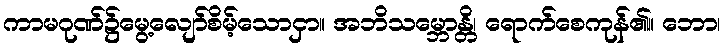
ကာမဂုဏ်၌မွေ့လျော်စိမ့်သောငှာ။ အဘိသမ္ဘောန္တိ၊ ရောက်စေကုန်၏။ ဘော၊